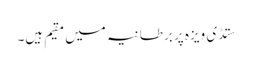
ستڈی ویزہ پر برطانیہ میں مقیم ہیں۔